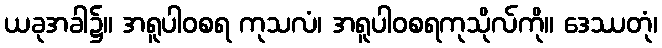
ယခုအခါ၌။ အရူပါဝစရ ကုသလံ၊ အရူပါဝစရကုသိုလ်ကို။ ဒေဿတုံ၊